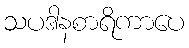
သပဒါနစာရိကာပေ